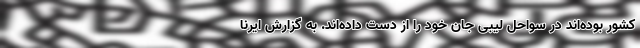
کشور بوده‌اند در سواحل لیبی جان خود را از دست داده‌اند. به گزارش ایرنا